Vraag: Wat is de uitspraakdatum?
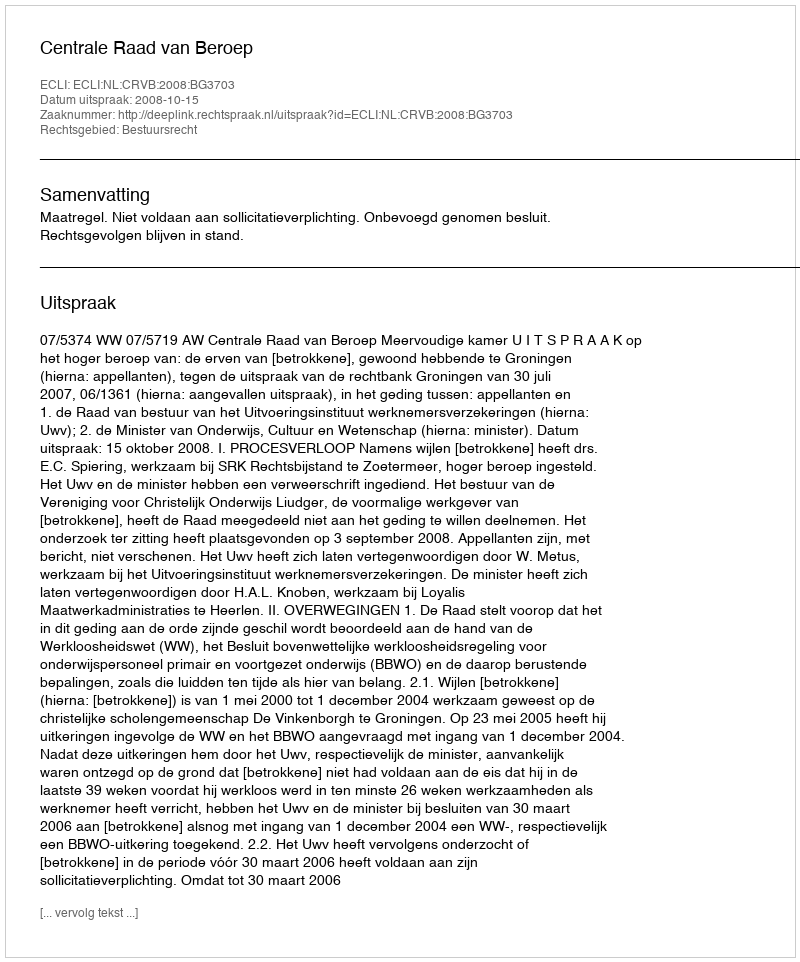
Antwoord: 2008-10-15